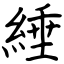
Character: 綞